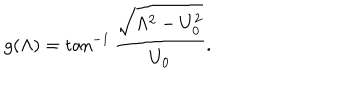
g ( \Lambda ) = \tan ^ { - 1 } \frac { \sqrt { \Lambda ^ { 2 } - U _ { 0 } ^ { 2 } } } { U _ { 0 } } .